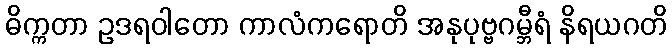
ဓိက္ကတာ ဥဒရဝါတော ကာလံကရောတိ အနုပုဗ္ဗဂမ္ဘီရံ နိရယဂတိ